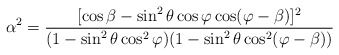
\begin{align*}\alpha^2 = \frac{[\cos\beta-\sin^2\theta\cos\varphi\cos(\varphi-\beta)]^2}{(1-\sin^2\theta\cos^2\varphi)(1-\sin^2\theta\cos^2(\varphi-\beta))}\end{align*}